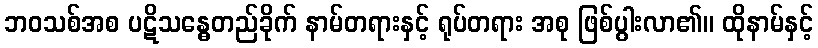
ဘဝသစ်အစ ပဋိသန္ဓေတည်ခိုက် နာမ်တရားနှင့် ရုပ်တရား အစု ဖြစ်ပွါးလာ၏။ ထိုနာမ်နှင့်